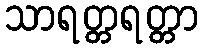
သာရတ္တရတ္တာ